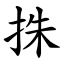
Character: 㧣